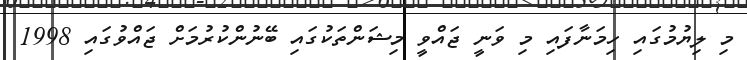
މި ލިޔުމުގައި ހިމަނާފައި މި ވަނީ ޖައްވީ މިޝަންތަކުގައި ބޭނުންކުރުމަށް ޖައްވުގައި 1998